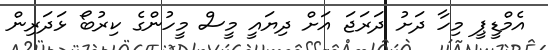
އެމްޑީޕީ މިހާ ދަށު ދަރަޖަ އަށް ދިޔައީ މީސް މީހުންގެ ކިރުބޯ ޅަދަރިން